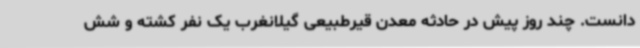
دانست. چند روز پیش در حادثه معدن قیرطبیعی گیلانغرب یک نفر کشته و شش